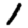
Digit: 1